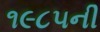
૧૯૮૫ની